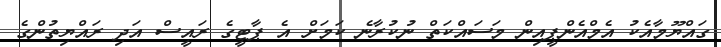
ގައްޔޫމާއެކު އެމްއެންޕީއިން މަސައްކަތް ނުކުރާނެ ކަމަށް އެ ޕާޓީގެ ރައީސް އަދި ރައްޔިތުންގެ